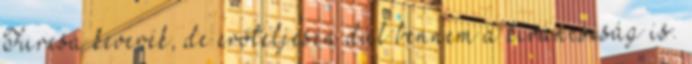
Furcsa keverék, de erőteljesen dúl bennem a kíváncsiság is.